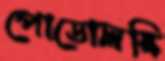
পোডোলস্কি